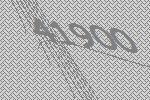
41900